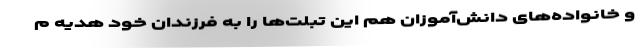
و خانواده‌های دانش‌آموزان هم این تبلت‌ها را به فرزندان خود هدیه م